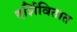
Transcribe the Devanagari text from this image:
दर्शिवितात